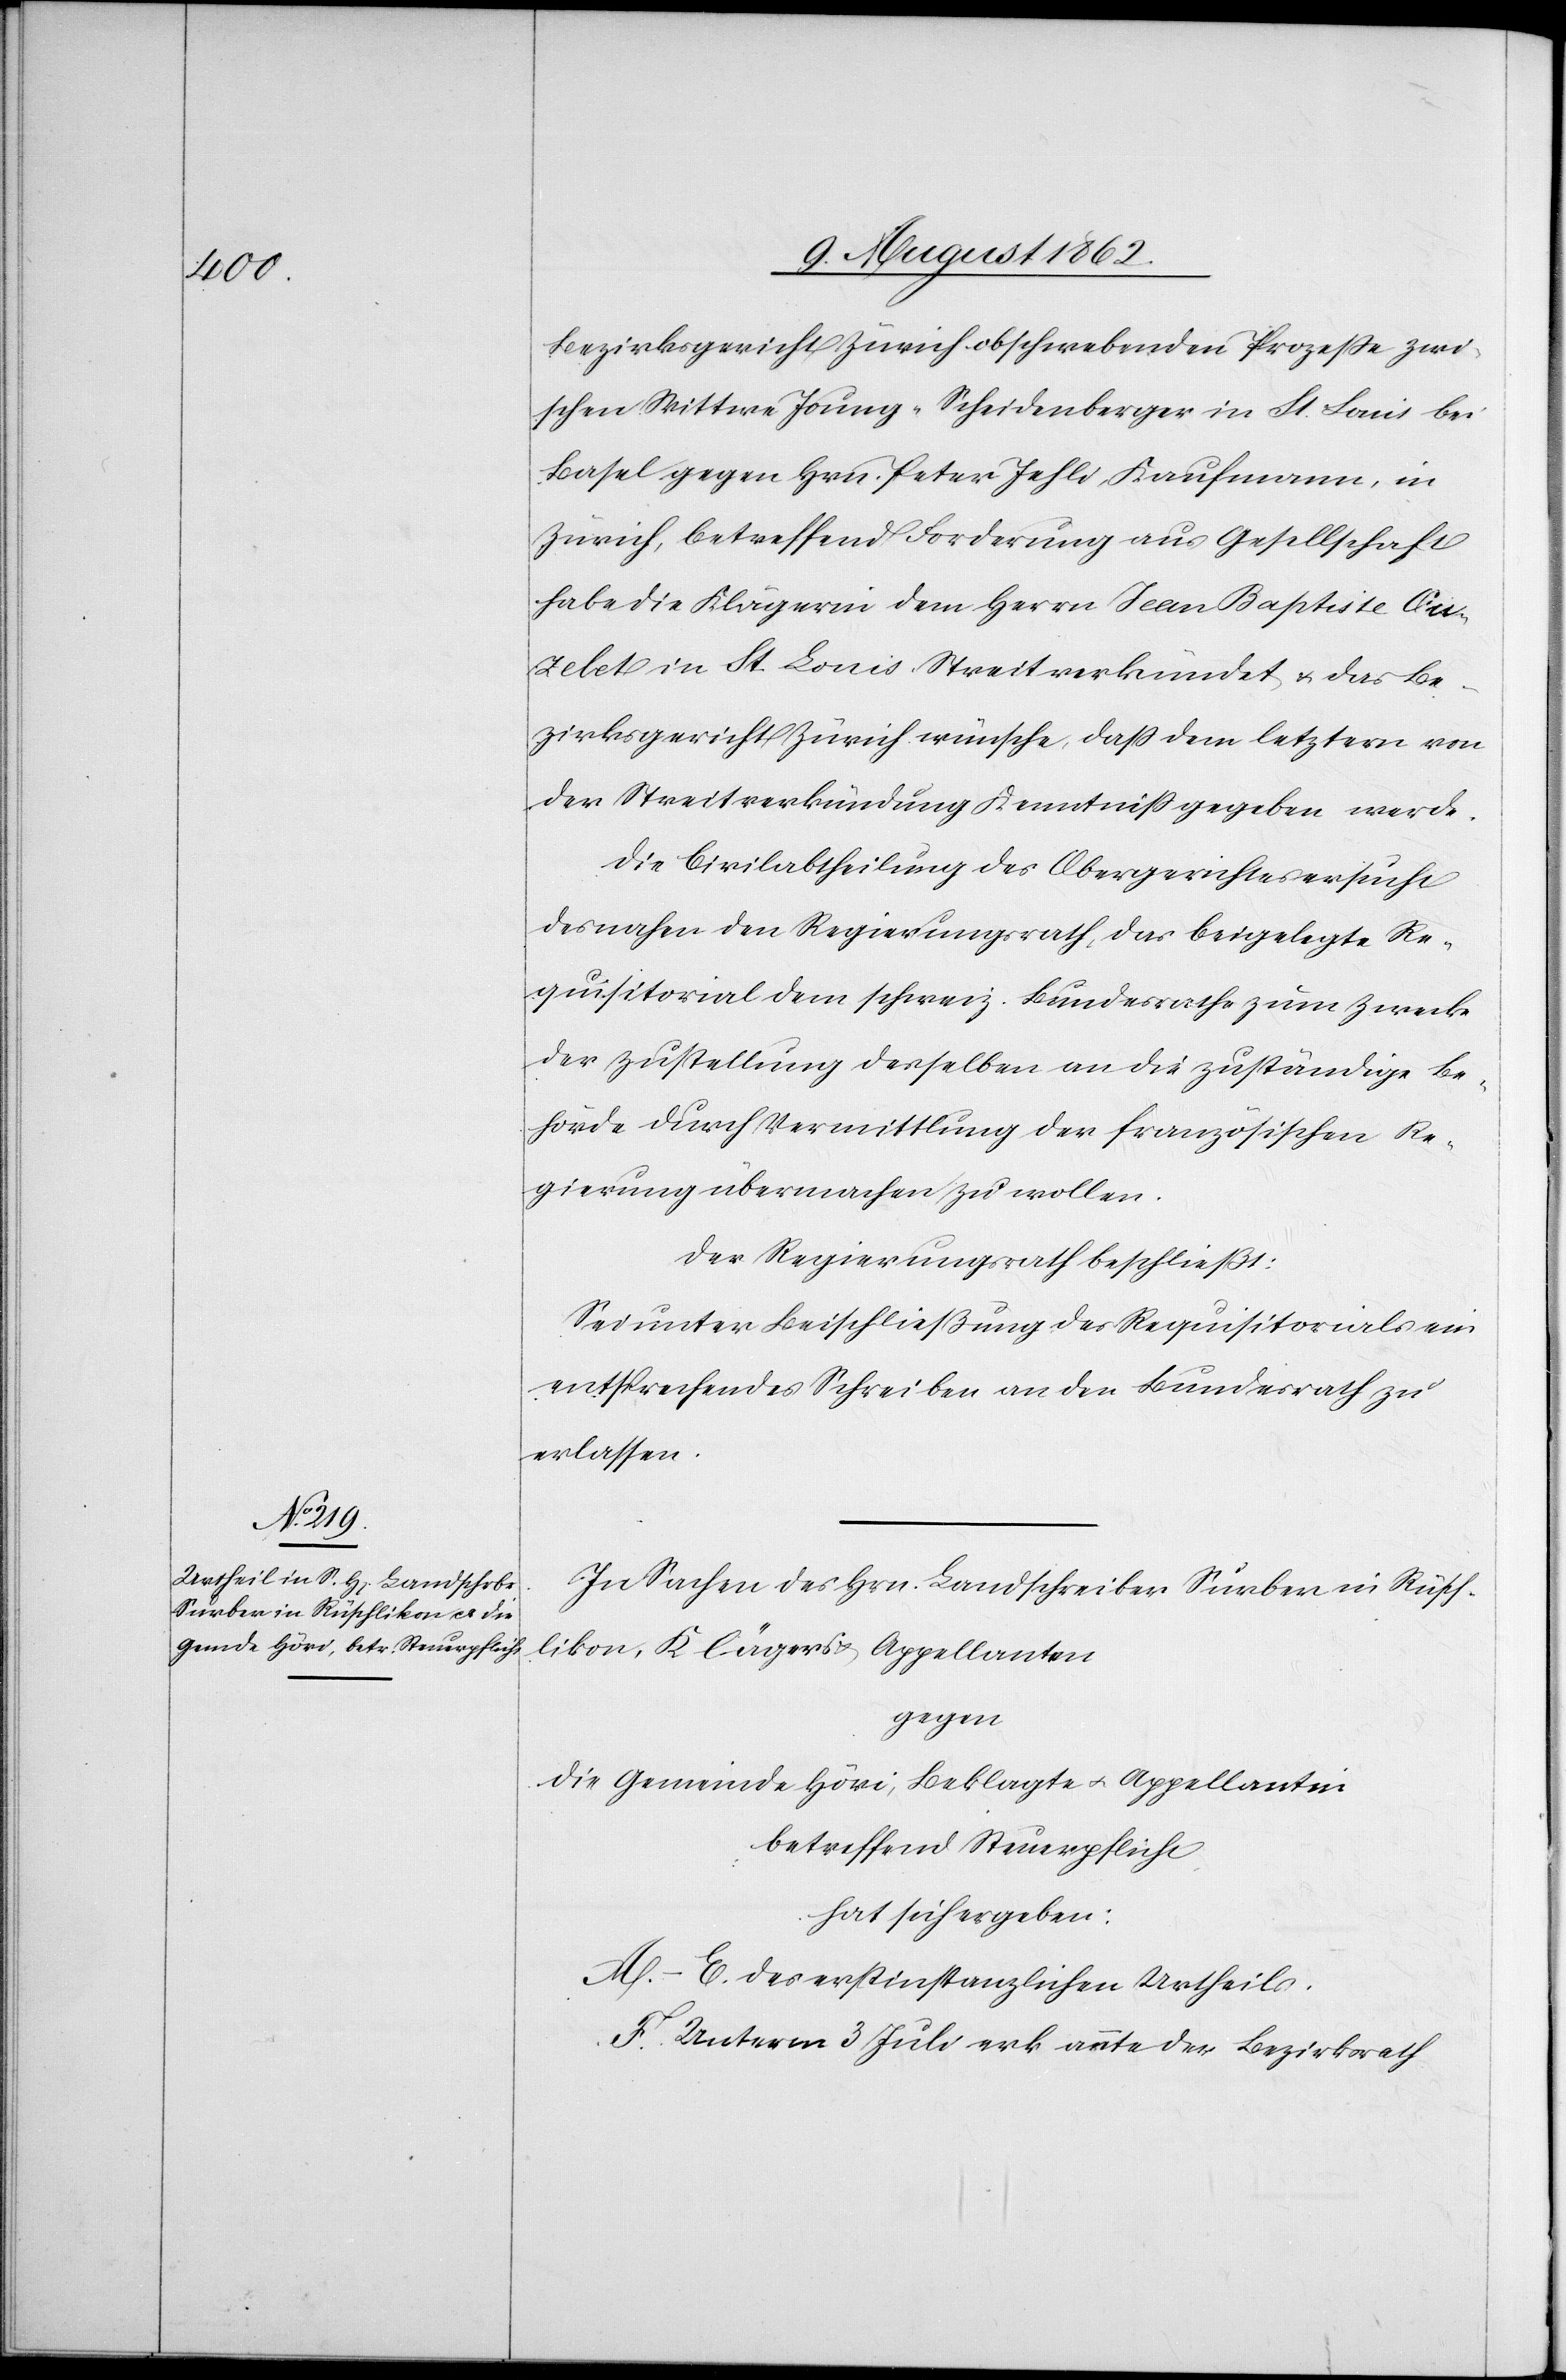
Bezirksgericht Zürich obschwebenden Prozeße zwi¬
schen Wittwe Joung-Scheidenberger in St. Luis bei
Basel gegen Hrn. Peter Jehli, Kaufmann, in
Zürich, betreffend Forderung aus Gesellschaft
habe die Klägerin dem Herrn Jean Baptiste Ou¬
zelet in St. Louis Streit verkündet u. das Be¬
zirksgericht Zürich wünsche, daß dem letztern von
der Streitverkündung Kenntniß gegeben werde.
Die Civilabtheilung des Obergerichtes ersucht
desnahen den Regierungsrath, das beigelegte Re¬
quisitorial dem schweiz. Bundesrathe zum Zweck
der Zustellung derselben an die zuständige Be¬
hörde durch Vermittlung der französischen Re¬
gierung übermachen zu wollen.
Der Regierungsrath beschließt:
Sei unter Beischließung des Requisitorials ein
entsprechendes Schreiben an den Bundesrath zu
erlassen.
In Sachen des Hrn. Landschreiber Surber in Rüsch¬
likon, Klägers u. Appellanten
gegen
die Gemeinde Höri, Beklagte u. Appellantin
betreffend Steuerpflicht
hat sich ergeben:
A–E. des erstinstanzlichen Urtheils.
F. Unterm 3. Juli erkannte der Bezirksrath